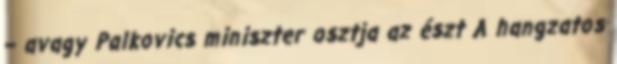
– avagy Palkovics miniszter osztja az észt A hangzatos